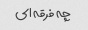
چه فرقه ای